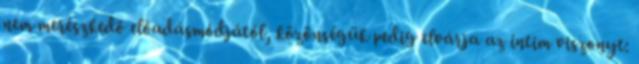
nem merészkedő előadásmódjától, közönségük pedig elvárja az intim viszonyt: